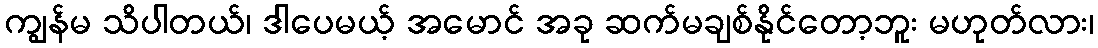
ကျွန်မ သိပါတယ်၊ ဒါပေမယ့် အမောင် အခု ဆက်မချစ်နိုင်တော့ဘူး မဟုတ်လား၊